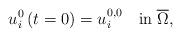
LaTeX: \begin{align*}u_{i}^{0}\left(t=0\right)=u_{i}^{0,0}\quad\mbox{in}\;\overline{\Omega},\end{align*}